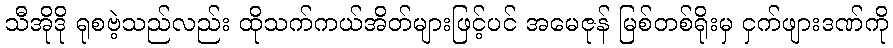
သီအိုဒို ရုစဗဲ့သည်လည်း ထိုသက်ကယ်အိတ်များဖြင့်ပင် အမေဇုန် မြစ်တစ်ရိုးမှ ငှက်ဖျားဒဏ်ကို